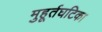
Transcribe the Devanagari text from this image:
मुहूर्तघटिका